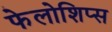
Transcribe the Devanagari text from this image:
फेलोशिप्स